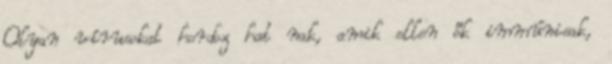
Olyan vírusokat hordoz hat nak, amik ellen ők immúnisak,